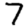
Digit: 7